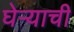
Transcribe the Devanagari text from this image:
घेऱ्याची